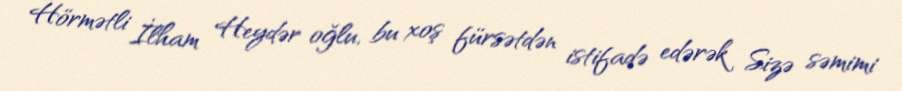
Hörmətli İlham Heydər oğlu, bu xoş fürsətdən istifadə edərək Sizə səmimi